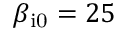
\beta _ { \mathrm { i 0 } } = 2 5